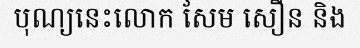
បុណ្យនេះលោក សែម សឿន និង